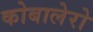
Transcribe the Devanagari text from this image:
कोबालेरो